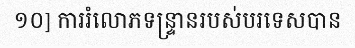
១០] ការរំលោភទន្ទ្រានរបស់បរទេសបាន